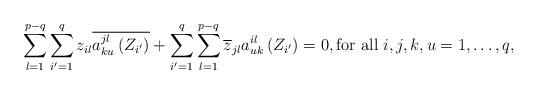
LaTeX: \begin{align*}\displaystyle\sum_{l=1}^{p-q}\displaystyle\sum_{i'=1}^{q}z_{il}\overline{a_{ku}^{jl}\left(Z_{i'}\right)}+\sum_{i'=1}^{q}\displaystyle\sum_{l=1}^{p-q}\overline{z}_{jl}a_{uk}^{il}\left(Z_{i'}\right)=0, \mbox{for all $i,j,k,u=1,\dots,q$,} \end{align*}